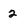
Character: 2